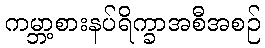
ကမ္ဘာ့စားနပ်ရိက္ခာအစီအစဉ်